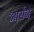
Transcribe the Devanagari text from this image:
आर्सेने